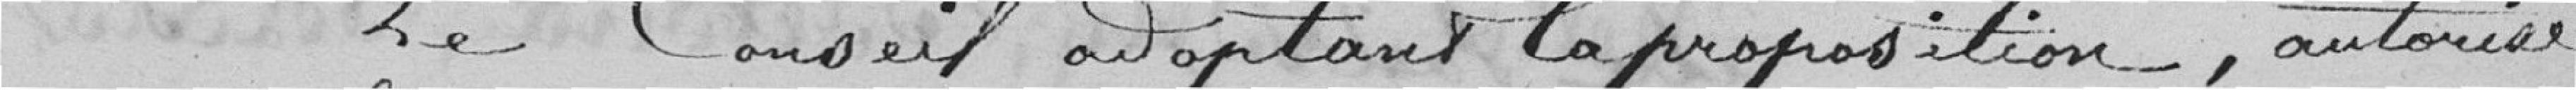
Le Conseil adoptant la proposition, autorise